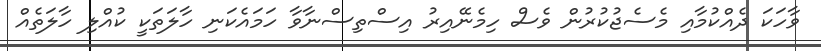
ވާހަކަ ދެއްކުމާއި މެސެޖުކުރުން ވެސް ހިމެނޭއިރު އިސްތިސްނާވާ ހަމައެކަނި ހާލަތަކީ ކުއްލި ހާލަތެއް